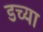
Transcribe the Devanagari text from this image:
डच्या